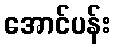
အောင်ပန်း